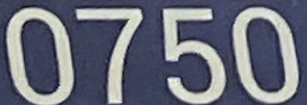
0750